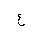
Letter: _ayn